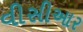
વીસીઆર